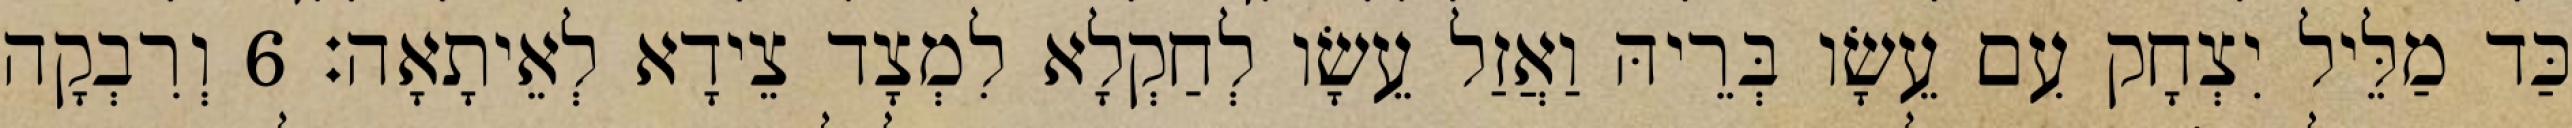
כַּד מַלֵּיל יִצְחָק עִם עֵשָׂו בְּרֵיהּ וַאֲזַל עֵשָׂו לְחַקְלָא לִמְצָד צֵידָא לְאֵיתָאָה׃ 6 וְרִבְקָה